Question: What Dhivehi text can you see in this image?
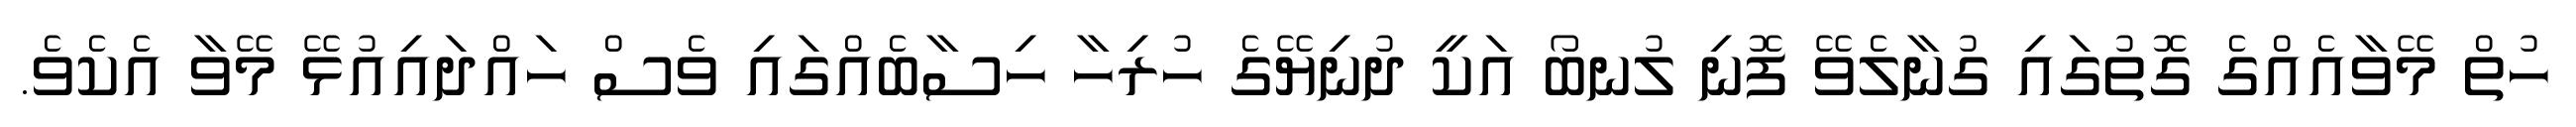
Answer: ހުތް މޭވާއެއްގެ ގޮތުގައި ގުނާލެވޭ ފޮނި ލުނބޯ އަކީ ދުނިޔޭގެ ހުރިހާ ހިސާބެއްގައި ވެސް ހައްދައިއުޅޭ މޭވާ އެކެވެ.